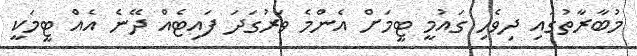
މުބާރާތުގައި ދިިވެހި ގައުމީ ޓީމަށް އެންމެ ވަރުގަދަ ފައިޓެއް ދޭނެ އެއް ޓީމަކީ